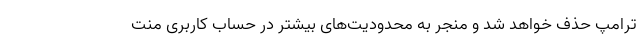
ترامپ حذف خواهد شد و منجر به محدودیت‌های بیشتر در حساب کاربری منت